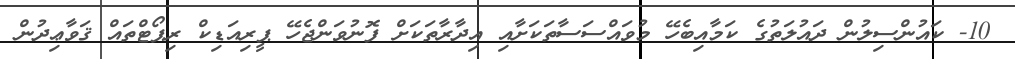
10- ކައުންސިލުން ދައުލަތުގެ ކަމާއިބެހޭ މުވައްސަސާތަކަށާއި އިދާރާތަކަށް ފޮނުވަންޖެހޭ ޕީރިއަޑިކް ރިޕޯޓްތައް ޤަވާޢިދުން